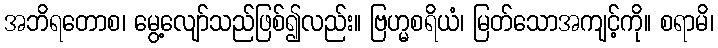
အဘိရတောစ၊ မွေ့လျော်သည်ဖြစ်၍လည်း။ ဗြဟ္မစရိယံ၊ မြတ်သောအကျင့်ကို။ စရာမိ၊